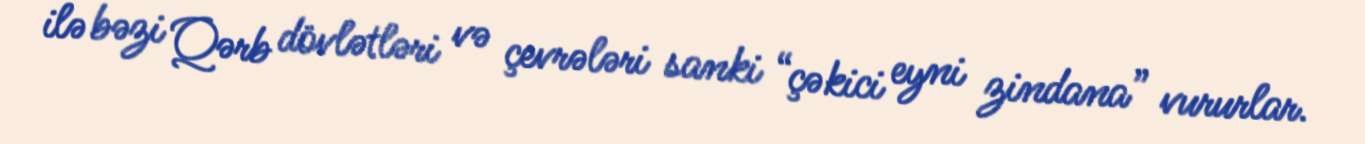
ilə bəzi Qərb dövlətləri və çevrələri sanki “çəkici eyni zindana” vururlar.